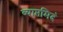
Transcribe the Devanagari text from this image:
व्याप्तमिदं